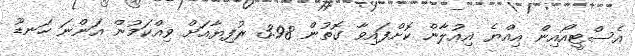
އެސްޓީއޯއިން އިއްޔެ އިއުލާން ކޮށްފައިވާ ގޮތުން 3.98 ރުފިޔާއަށް ވިއްކަމުން އަންނަ ހަނޑޫ